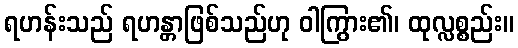
ရဟန်းသည် ရဟန္တာဖြစ်သည်ဟု ဝါကြွား၏၊ ထုလ္လစ္စည်း။